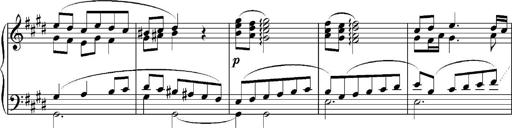
Title: Sonatina No.5
Composer: Otto Stoll
Key: F-sharp minor